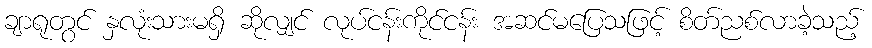
ချာရုတွင် နှလုံးသားမရှိ ဆိုလျှင် လုပ်ငန်းကိုင်ငန်း အဆင်မပြေသဖြင့် စိတ်ညစ်လာခဲ့သည့်